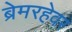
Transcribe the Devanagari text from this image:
ब्रेमरहेवर